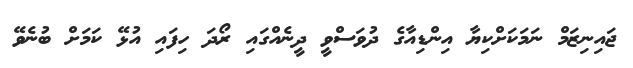
ޖައިނިޒަމް ނަމަކަށްކިޔާ އިންޑިއާގެ ދުވަސްވީ ދީނެއްގައި ރޯދަ ހިފައި އުޅޭ ކަމަށް ބުނެވޭ